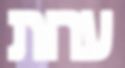
ערות